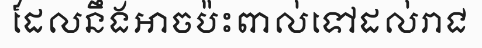
ដែលនឹងអាចប៉ះពាល់ទៅដល់រាជ